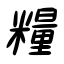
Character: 糧